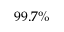
9 9 . 7 \%